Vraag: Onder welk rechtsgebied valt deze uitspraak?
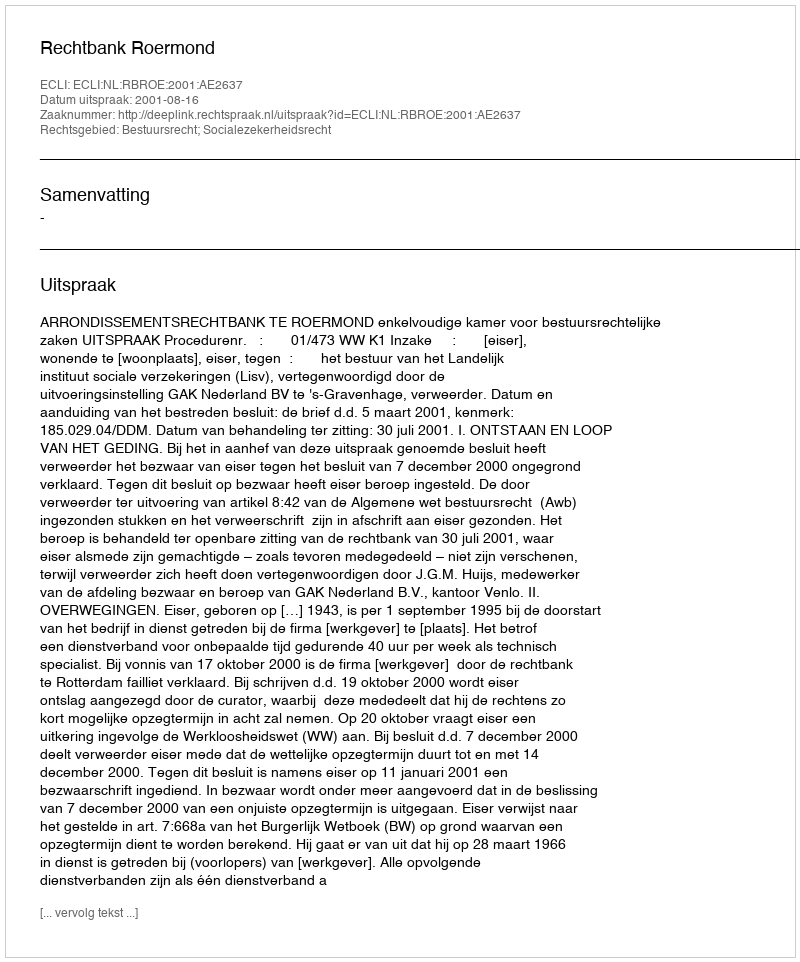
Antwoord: Bestuursrecht; Socialezekerheidsrecht